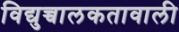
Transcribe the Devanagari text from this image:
विद्युच्चालकतावाली